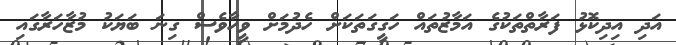
އަދި އިދިކޮޅު ފަރާތްތަކުގެ އަމާޒުތައް ހަގީގަތަކަށް ހެދުމަށް ވީހާވެސް ގިނަ ބަޔަކު މުޒާހަރާގައި